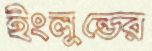
ইংলুন্ডের